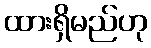
ထားရှိမည်ဟု